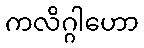
ကလိဂ္ဂါဟော